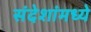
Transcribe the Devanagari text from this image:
संदेशांमध्ये